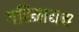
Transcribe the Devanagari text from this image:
गरिमायम